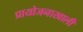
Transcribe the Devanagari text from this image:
प्रायोजनाखाली